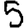
Digit: 5